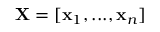
\mathbf X = [ \mathbf x _ { 1 } , . . . , \mathbf x _ { n } ]